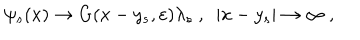
\psi _ { s } ( x ) \rightarrow G ( x - y _ { s } , \varepsilon ) \lambda _ { s } ~ , ~ ~ | x - y _ { s } | \rightarrow \infty ~ , ~